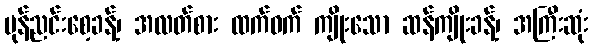
မုန်ညင်းစေ့ခန့်၊ အလတ်စား ထက်ဝက် ကျိုးသော ဆန်ကျိုးခန့်၊ အကြီးဆုံး